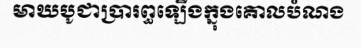
មាឃបូជាប្រារព្ធឡើងក្នុងគោលបំណង